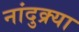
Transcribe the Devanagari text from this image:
नांदुक्र्या